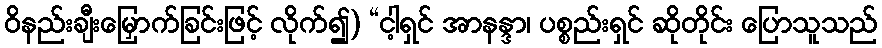
ဝိနည်းချီးမြှောက်ခြင်းဖြင့် လိုက်၍) “ငါ့ရှင် အာနန္ဒာ၊ ပစ္စည်းရှင် ဆိုတိုင်း ပြောသူသည်